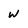
Character: W